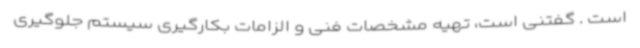
است . گفتنی است، تهیه مشخصات فنی و الزامات بکارگیری سیستم جلوگیری